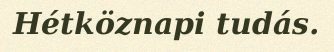
Hétköznapi tudás.